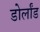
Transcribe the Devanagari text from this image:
डोर्लांड